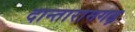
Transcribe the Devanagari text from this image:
दान्तारामगढ़